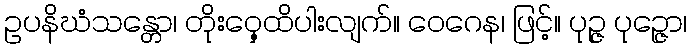
ဥပနိဃံသန္တော၊ တိုးဝှေ့ထိပါးလျက်။ ဝေဂေန၊ ဖြင့်။ ပုဉ္ဇ ပုဉ္ဇော၊